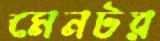
মেনটর